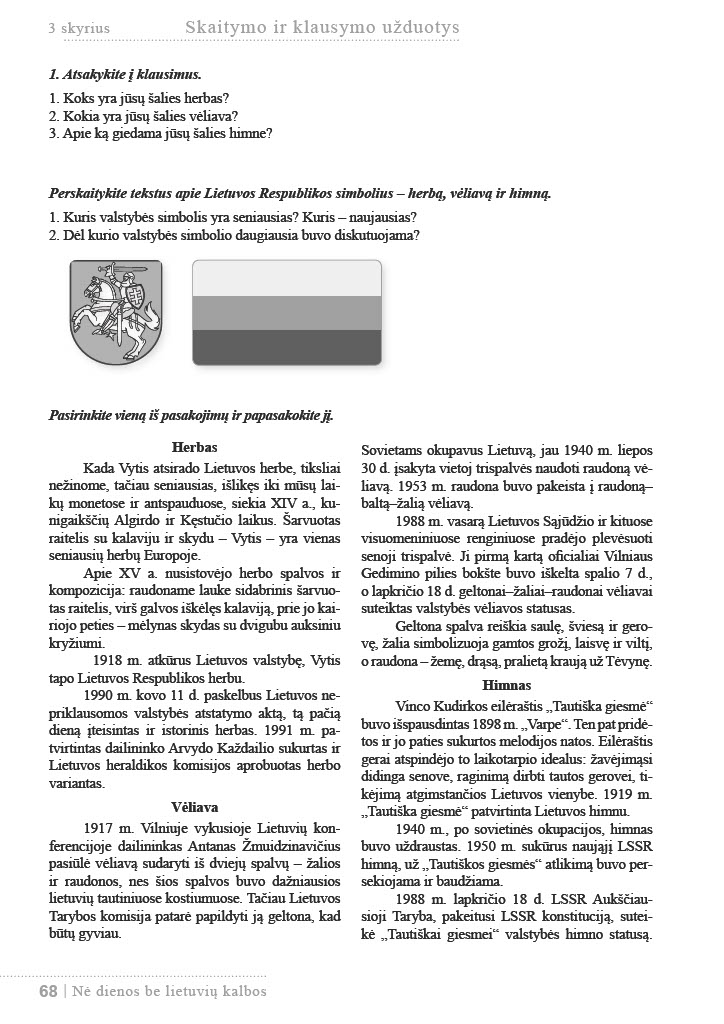
Language: lt